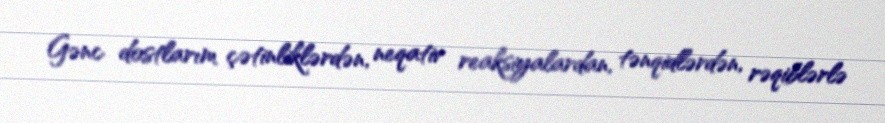
Gənc dostlarım çətinliklərdən, neqativ reaksiyalardan, tənqidlərdən, rəqiblərlə